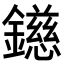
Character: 𨭨